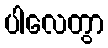
ပါလေတွာ